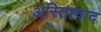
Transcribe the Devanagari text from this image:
अस्तित्वाद